Civil Veterinary Dept. Assam report 1927-50 - 1927-1950
Year: 1927
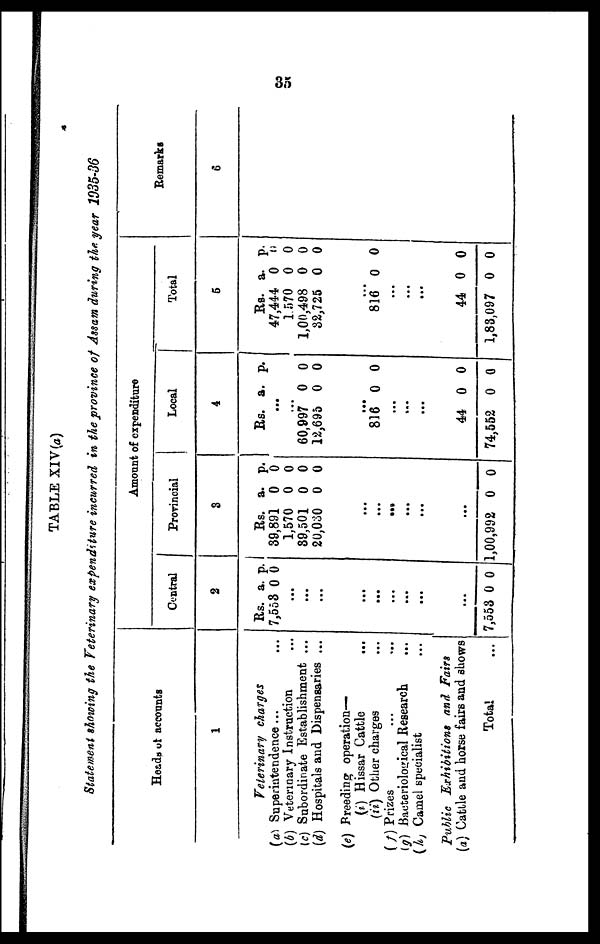
35
TABLE XIV (a)
Statement showing the Veterinary expenditure incurred in the province of Assam during the year 1935-36
Heads of accounts
1
Veterinary charges
(a) Superintendence... ...
(b) Veterinary Instruction ...
(c) Subordinate Establishment ...
(d) Hospitals and Dispensaries ...
(e) Breeding operation—
(i) Hissar Cattle ...
(ii) Other charges ...
(f) Prizes ... ...
(g) Bacteriological Research ...
(h) Camel specialist ...
Public Exhibitions
and Fairs
(a) Cattle and horse fairs and shows
Total ...
Amount of expenditure
Central
2
Rs.
7,553
...
...
...
...
...
...
...
...
...
7,553
a.
0
0
p.
0
0
Provincial
3
Rs.
39,891
1,570
39,501
20,030
...
...
...
...
...
...
1,00,992
a.
0
0
0
0
0
p.
0
0
0
0
0
Local
4
Rs.
...
...
60,997
12,695
...
816
...
...
...
44
74,552
a.
0
0
0
0
0
p.
0
0
0
0
0
Total
5
Rs.
47,444
1.570
1,00,498
32,725
...
816
...
...
...
44
1,83,097
a.
0
0
0
0
0
0
0
p.
0
0
0
0
0
0
0
Remarks
6